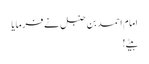
امام احمد بن حنبل نے فرمایا
بیٹے !